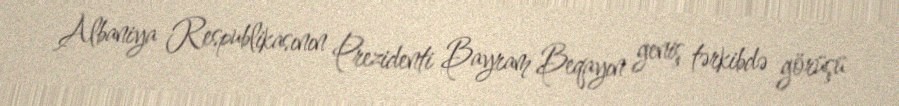
Albaniya Respublikasının Prezidenti Bayram Beqayın geniş tərkibdə görüşü